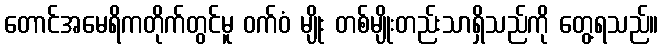
တောင်အမေရိကတိုက်တွင်မူ ဝက်ဝံ မျိုး တစ်မျိုးတည်းသာရှိသည်ကို တွေ့ရသည်။